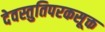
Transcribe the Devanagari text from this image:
देवस्तुतिपरकसूक्त